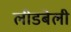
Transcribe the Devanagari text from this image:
लीडबेली